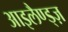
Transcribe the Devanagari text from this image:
आइलैण्ड्ज़